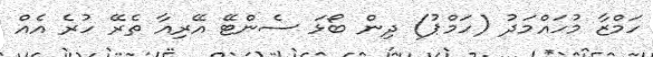
ހަމްޒާ މުހައްމަދު (ހަމްޕު) ދިން ބޯޅަ ސެންޓޭ އޭރިއާ ތެރޭ ހުރެ އެއް